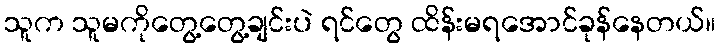
သူက သူမကိုတွေ့တွေ့ချင်းပဲ ရင်တွေ ထိန်းမရအောင်ခုန်နေတယ်။